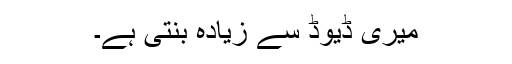
میری ڈیوڈ سے زیادہ بنتی ہے۔